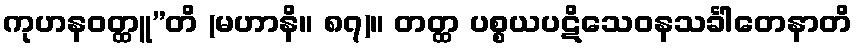
ကုဟနဝတ္ထူ”တိ (မဟာနိ။ ၈၇)။ တတ္ထ ပစ္စယပဋိသေဝနသင်္ခါတေနာတိ